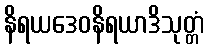
နိရယဒေဝနိရယာဒိသုတ္တံ